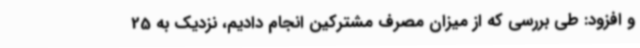
و افزود: طی بررسی که از میزان مصرف مشترکین انجام دادیم، نزدیک به 25